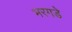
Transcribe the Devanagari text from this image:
भरगडे